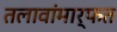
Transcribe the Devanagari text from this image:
तलावांमार्फत